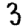
Digit: 3